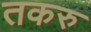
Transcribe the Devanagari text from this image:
तकरु